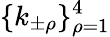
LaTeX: \{ k_{\pm\rho}\} _{\rho=1}^{4}